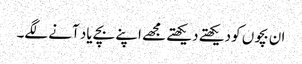
ان بچوں کو دیکھتے دیکھتے مجھے اپنے بچے یاد آنے لگے۔